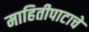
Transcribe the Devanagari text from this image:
माहितीपाटाचे